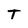
Character: T